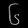
Digit: ၆